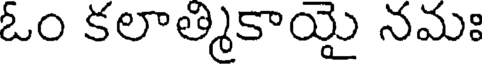
ఓం కలాత్మికాయై నమః